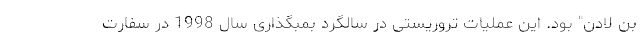
بن لادن" بود. این عملیات تروریستی در سالگرد بمبگذاری سال 1998 در سفارت